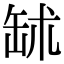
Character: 𦈭